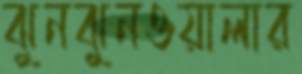
ঝুনঝুনওয়ালার